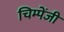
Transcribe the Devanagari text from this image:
चिम्पेंजी